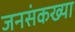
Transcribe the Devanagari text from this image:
जनसंकख्या